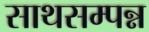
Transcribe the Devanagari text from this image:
साथसम्पन्न